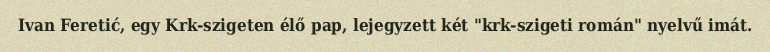
Ivan Feretić, egy Krk-szigeten élő pap, lejegyzett két "krk-szigeti román" nyelvű imát.